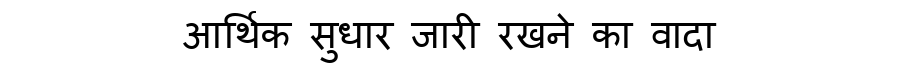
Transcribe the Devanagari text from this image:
आर्थिक सुधार जारी रखने का वादा